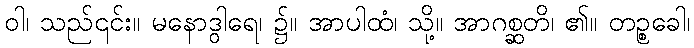
ဝါ၊ သည်၎င်း။ မနောဒွါရေ၊ ၌။ အာပါထံ၊ သို့။ အာဂစ္ဆတိ၊ ၏။ တဉ္စခေါ၊